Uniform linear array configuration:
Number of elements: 4
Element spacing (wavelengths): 0.5
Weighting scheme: exponential
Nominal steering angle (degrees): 0
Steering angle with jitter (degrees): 0.5059
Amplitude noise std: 0.05
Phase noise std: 0.05

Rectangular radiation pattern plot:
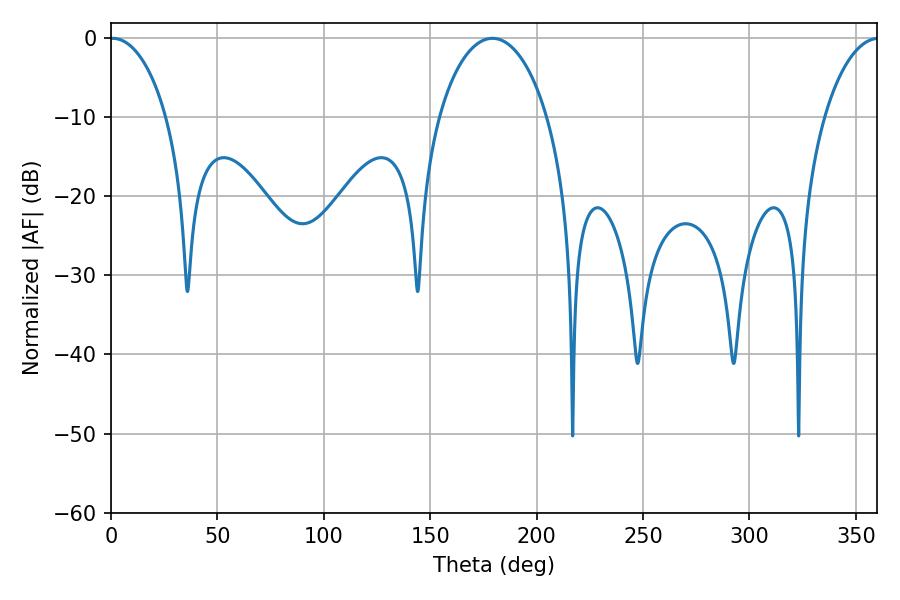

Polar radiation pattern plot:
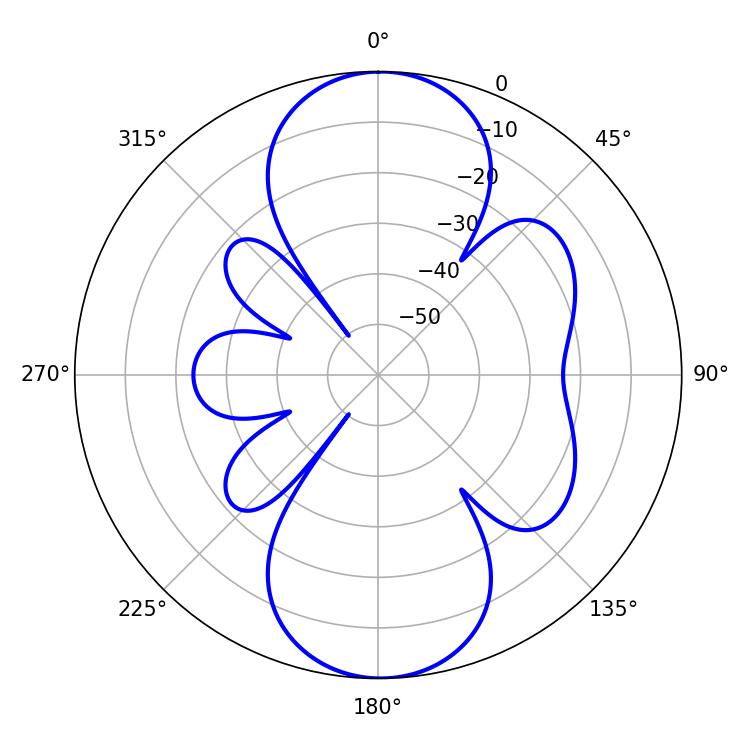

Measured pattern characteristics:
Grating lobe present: FALSE
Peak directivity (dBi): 18.117
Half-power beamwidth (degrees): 15.3
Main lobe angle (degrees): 0.72